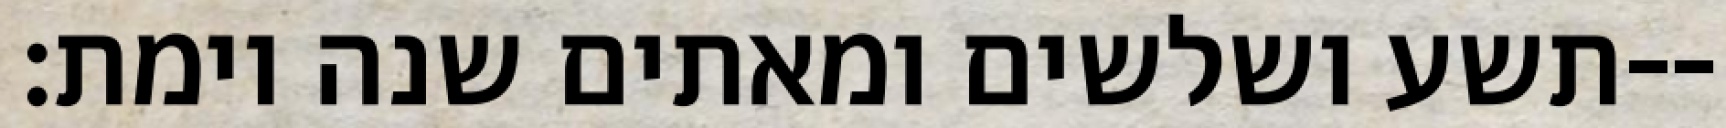
תשע ושלשים ומאתים שנה וימת׃--